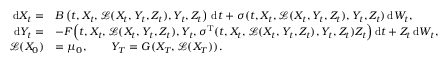
\begin{array} { r l } { \, \mathrm { d } X _ { t } = } & { B \left( t , X _ { t } , \mathcal { L } ( X _ { t } , Y _ { t } , Z _ { t } ) , Y _ { t } , Z _ { t } \right) \, \mathrm { d } t + \sigma ( t , X _ { t } , \mathcal { L } ( X _ { t } , Y _ { t } , Z _ { t } ) , Y _ { t } , Z _ { t } ) \, \mathrm { d } W _ { t } , } \\ { \, \mathrm { d } Y _ { t } = } & { - F \Big ( t , X _ { t } , \mathcal { L } ( X _ { t } , Y _ { t } , Z _ { t } ) , Y _ { t } , \sigma ^ { \operatorname { T } } ( t , X _ { t } , \mathcal { L } ( X _ { t } , Y _ { t } , Z _ { t } ) , Y _ { t } , Z _ { t } ) Z _ { t } \Big ) \, \mathrm { d } t + Z _ { t } \, \mathrm { d } W _ { t } , } \\ { \mathcal { L } ( X _ { 0 } ) } & { = \mu _ { 0 } , \qquad Y _ { T } = G ( X _ { T } , \mathcal { L } ( X _ { T } ) ) . } \end{array}